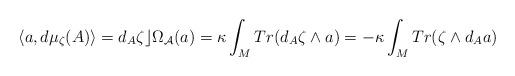
LaTeX: \begin{align*}\langle a, d\mu_\zeta(A)\rangle=d_A\zeta\rfloor \Omega_{{\cal A}}(a)=\kappa\int_{M}Tr(d_A\zeta\wedge a)=-\kappa\int_{M} Tr(\zeta\wedge d_Aa)\end{align*}